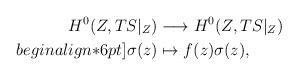
LaTeX: \begin{align*}H^0(Z, TS\vert_Z) &\longrightarrow H^0(Z,TS\vert_Z) \\begin{align*}6pt]\sigma(z) & \mapsto f(z)\sigma(z),\end{align*}